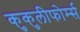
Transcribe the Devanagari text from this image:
कुकुलीफोर्म्स